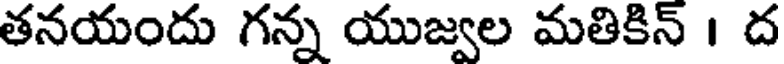
తనయందు గన్న యుజ్వల మతికిన్ । ద